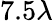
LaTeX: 7.5\lambda